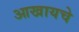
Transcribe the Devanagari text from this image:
आखायचे